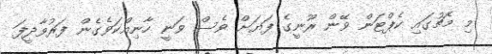
މި މެޗުގައި ކެޕްޓަން ވޭން ރޫނީގެ ފަޔަށް ވެސް ވަނީ ހާނިއްކަވެގެން ފަރުވާދީފަ